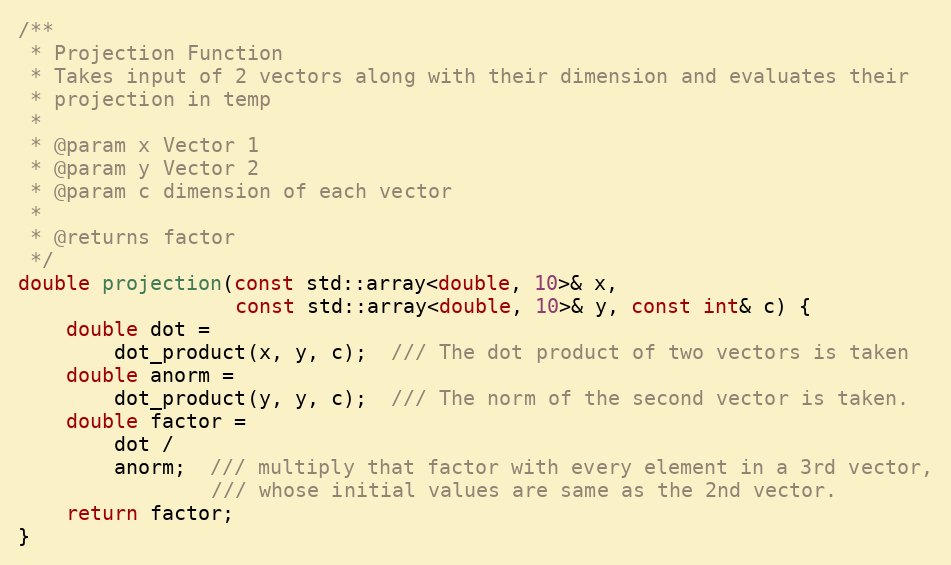
Language: C++
/**
 * Projection Function
 * Takes input of 2 vectors along with their dimension and evaluates their
 * projection in temp
 *
 * @param x Vector 1
 * @param y Vector 2
 * @param c dimension of each vector
 *
 * @returns factor
 */
double projection(const std::array<double, 10>& x,
                  const std::array<double, 10>& y, const int& c) {
    double dot =
        dot_product(x, y, c);  /// The dot product of two vectors is taken
    double anorm =
        dot_product(y, y, c);  /// The norm of the second vector is taken.
    double factor =
        dot /
        anorm;  /// multiply that factor with every element in a 3rd vector,
                /// whose initial values are same as the 2nd vector.
    return factor;
}